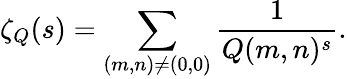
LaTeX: \zeta_{Q}(s)=\sum_{(m,n)\neq(0,0)}{\frac{1}{Q(m,n)^{s}}}.